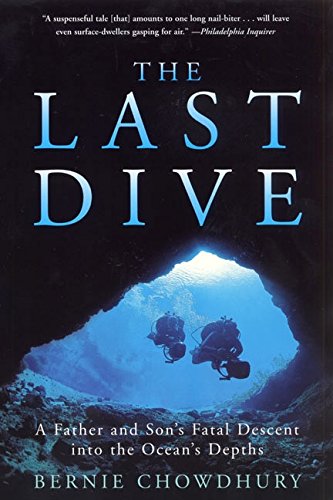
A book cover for The Last Dive: A Father and Son's Fatal Descent into the Ocean's Depths; Bernie Chowdhury; Sports & Outdoors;